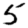
Digit: 5